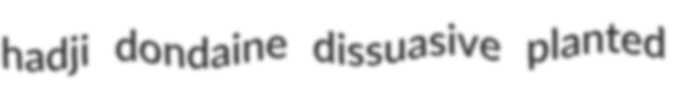
hadji dondaine dissuasive planted